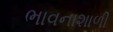
ભાવનાશાળી